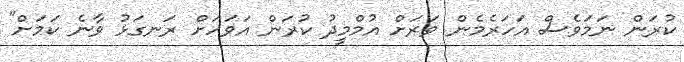
ކުރަން ނަމަވެސް އަހަރެމެން ވަރަށް އުމްމީދު ކުރަން އަވަހަށް ރަނގަޅު ވާނެ ކަމަށް"